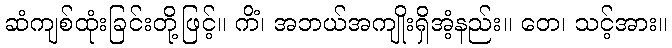
ဆံကျစ်ထုံးခြင်းတို့ဖြင့်။ ကိံ၊ အဘယ်အကျိုးရှိအံ့နည်း။ တေ၊ သင့်အား။